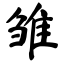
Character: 雏